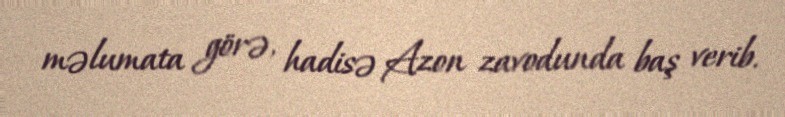
məlumata görə, hadisə Azon zavodunda baş verib.